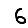
Digit: 6